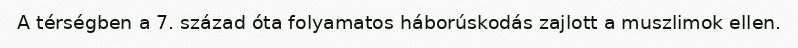
A térségben a 7. század óta folyamatos háborúskodás zajlott a muszlimok ellen.